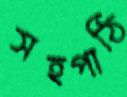
সহপাঠি